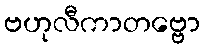
ဗဟုလီကာတဗ္ဗော